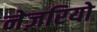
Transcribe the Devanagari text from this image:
नेज़रियो